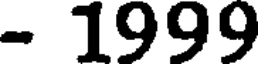
- 1999